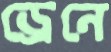
ড্রেনে